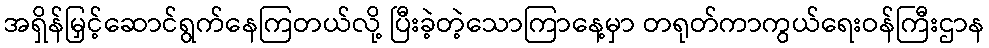
အရှိန်မြှင့်ဆောင်ရွက်နေကြတယ်လို့ ပြီးခဲ့တဲ့သောကြာနေ့မှာ တရုတ်ကာကွယ်ရေးဝန်ကြီးဌာန